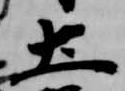
土